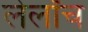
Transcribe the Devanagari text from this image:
लेलॉच